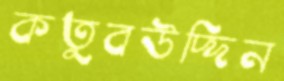
কতুবউদ্দিন